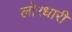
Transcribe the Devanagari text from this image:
लोरधारी